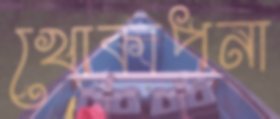
খোকাপনা